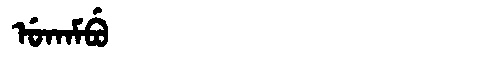
Manchu: ᡠᡴᠠᠮᠪᡠ
Romanization: UKAMBU